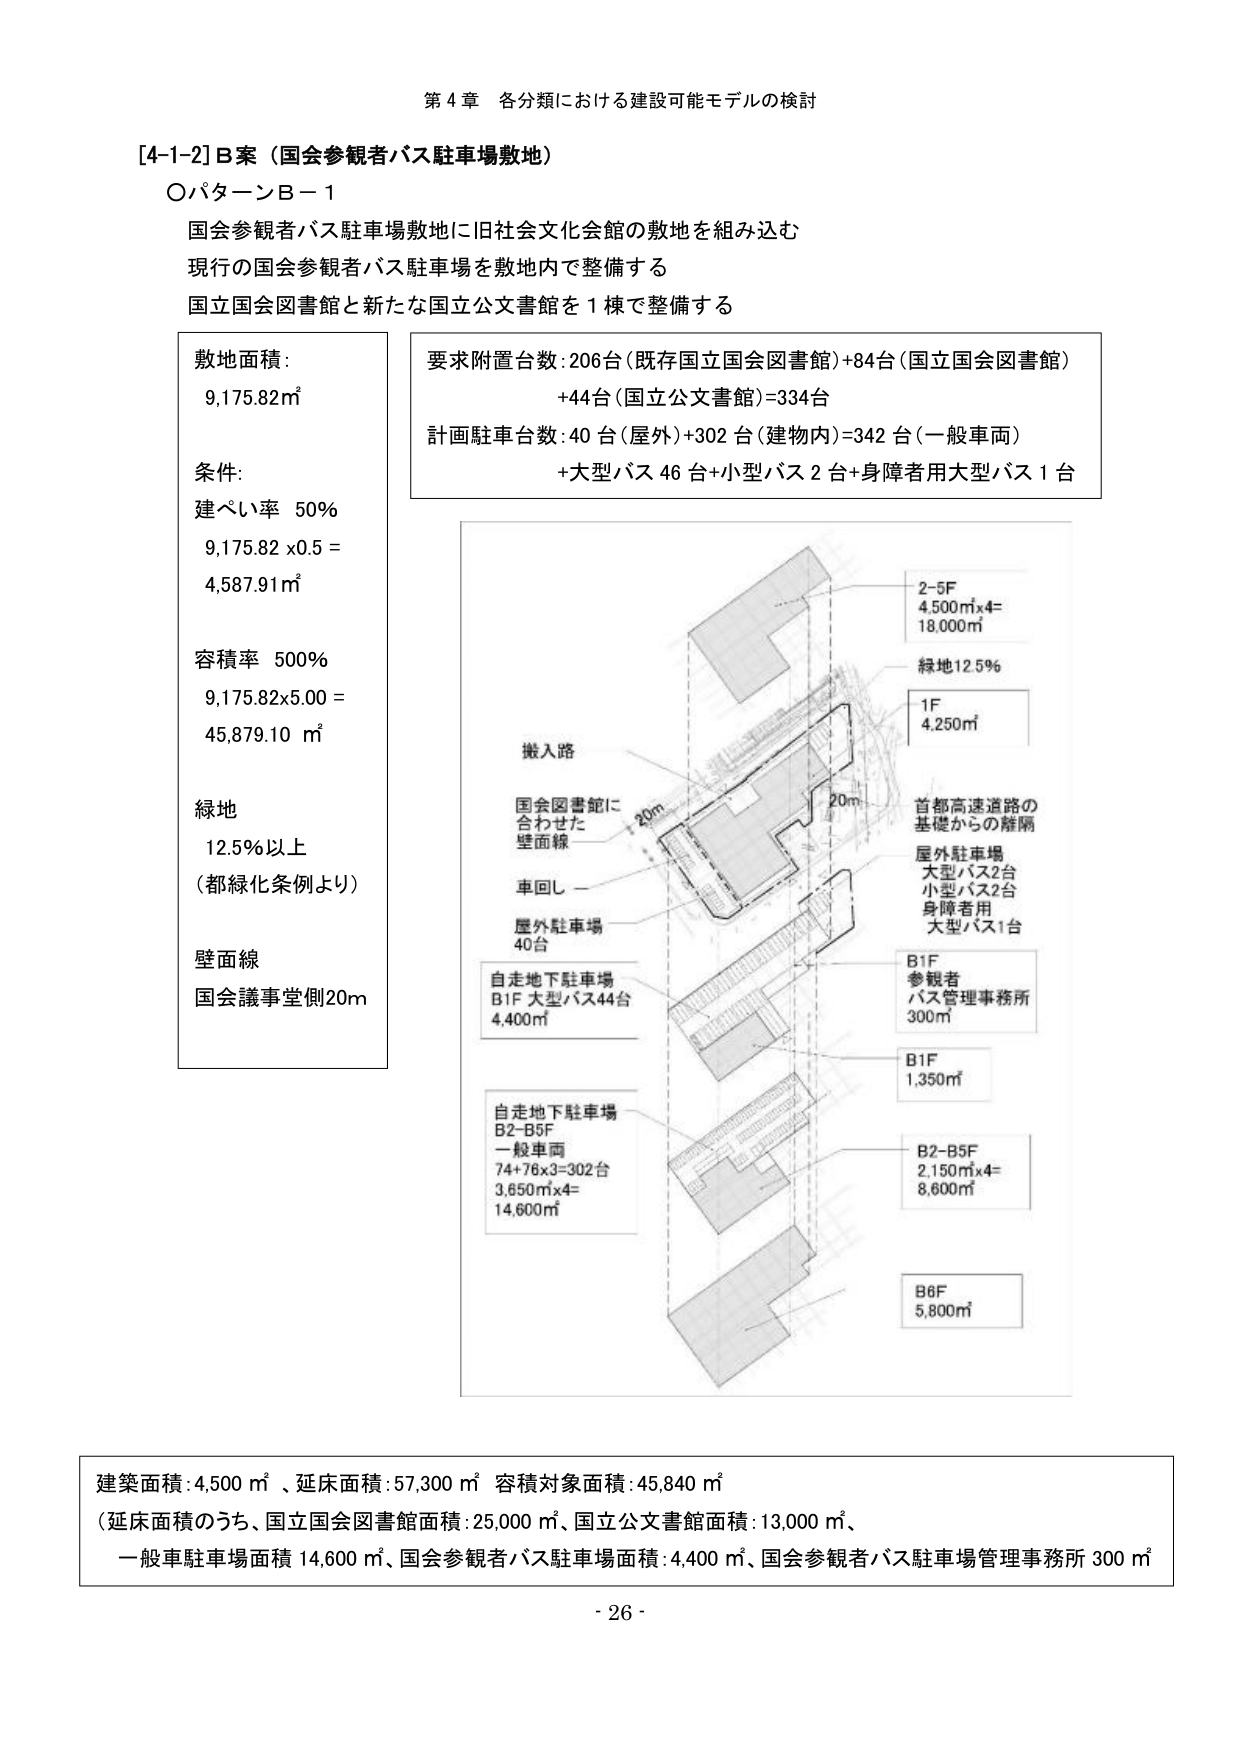
第４章 各分類における建設可能モデルの検討

[4-1-2] B案（国会参観者バス駐車場敷地）
〇パターンB－1

国会参観者バス駐車場敷地に旧社会文化会館の敷地を組み込む
現行の国会参観者バス駐車場を敷地内で整備する
国立国会図書館と新たな国立公文書館を１棟で整備する

敷地面積：
9,175.82㎡

条件：
建ぺい率 50％
9,175.82 x 0.5 =
4,587.91㎡

容積率 500％
9,175.82x5.00 =
45,879.10 ㎡

緑地
12.5％以上
（都緑化条例より）

壁面線
国会議事堂側20m

要求附置台数：206台（既存国立国会図書館）+84台（国立国会図書館）
+44台（国立公文書館）=334台
計画駐車台数：40台（屋外）+302台（建物内）=342台（一般車両）
+大型バス46台+小型バス2台+身障者用大型バス1台

搬入路
国会図書館に
合わせた
壁面線
車回し
屋外駐車場
40台
自走地下駐車場
B1F 大型バス44台
4,400㎡
自走地下駐車場
B2-B5F
一般車両
74+76x3=302台
3,650㎡x4=
14,600㎡

2-5F
4,500㎡x4=
18,000㎡
緑地12.5％
1F
4,250㎡
首都高速道路の
基礎からの離隔
屋外駐車場
大型バス2台
小型バス2台
身障者用
大型バス1台
B1F
参観者
バス管理事務所
300㎡
B1F
1,350㎡
B2-B5F
2,150㎡x4=
8,600㎡
B6F
5,800㎡

建築面積：4,500㎡、延床面積：57,300㎡ 容積対象面積：45,840㎡
（延床面積のうち、国立国会図書館面積：25,000㎡、国立公文書館面積：13,000㎡、
一般車駐車場面積 14,600㎡、国会参観者バス駐車場面積：4,400㎡、国会参観者バス駐車場管理事務所 300㎡）

- 26 -